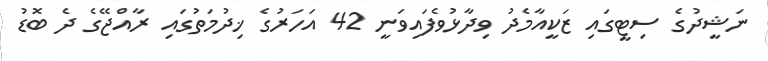
ނަޝީދުގެ ސިޓީގައި ޒަކީއާމެދު ވިދާޅުވެފައިވަނީ 42 އަހަރުގެ ޚިދުމަތުގައި ރާއްޖޭގެ ދެ ބޮޑު